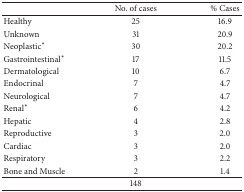
|  | No. of cases | % Cases |
 | --- | --- | --- |
 | Healthy | 25 | 16.9 |
 | Unknown | 31 | 20.9 |
 | Neoplastic* | 30 | 20.2 |
 | Gastrointestinal* | 17 | 11.5 |
 | Dermatological | 10 | 6.7 |
 | Endocrinal | 7 | 4.7 |
 | Neurological | 7 | 4.7 |
 | Renal* | 6 | 4.2 |
 | Hepatic | 4 | 2.8 |
 | Reproductive | 3 | 2.0 |
 | Cardiac | 3 | 2.0 |
 | Respiratory | 3 | 2.2 |
 | Bone and Muscle | 2 | 1.4 |
 |  | 148 |  |